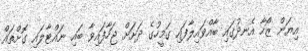
އިޔަން ޒޯހާ އެނދުގައި ބާއްވައިލާފައި ގަމީހުގެ ދަށަށް ޖަހާފައިވާ ބައި ނައްޓާލައި ގޮށްތައް